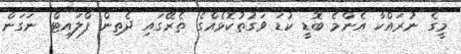
މީގެ ނުރައްކާ އެންމެ ބޮޑީ ކުޑަ ވަގުތުކޮޅެއްގެ ތެރޭގައި ދެތިން ފްލައިޓް ނަގަން